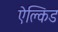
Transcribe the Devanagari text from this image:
ऐल्किड